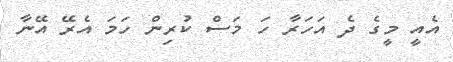
އެއީ މީގެ ދެ އަހަރާ ހަ މަސް ކުރިން ހަމަ އެރޭ އޭނާ